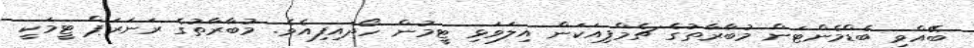
ބޭއްވި ބެޑްމެންޓަން މުބާރާތުގެ ޗެމްޕިއަކަން އިލަވަޅި ޓީމުން ހޯދައިފިއެވެ. މުބާރާތުގެ ރަނަރަޕް ޓީމަކީ